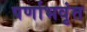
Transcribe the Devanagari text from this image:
पर्णाभवृंत